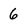
Character: 6